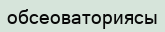
обсеоваториясы